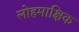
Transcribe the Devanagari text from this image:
लोहमाक्षिक